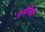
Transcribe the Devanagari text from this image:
अमेरिकी